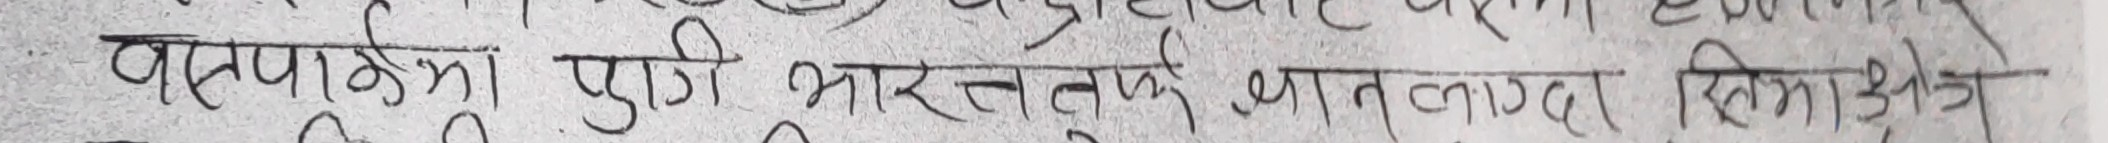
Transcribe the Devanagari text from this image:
पराकिना पुगी भारतवर्षे भारतपाद हिमाक्षेत्रे